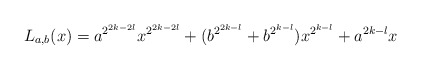
\begin{align*}L_{a,b}(x)=a^{2^{2k-2l}}x^{2^{2k-2l}}+(b^{2^{2k-l}}+b^{2^{k-l}})x^{2^{k-l}}+a^{2k-l}x\end{align*}